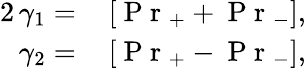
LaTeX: \begin{array}{rl}{2\, \gamma_{1}=}&{{}\left[\mathrm{~P~r~}_{+}+\mathrm{~P~r~}_{-}\right],}\\ {\gamma_{2}=}&{{}\left[\mathrm{~P~r~}_{+}-\mathrm{~P~r~}_{-}\right],}\end{array}